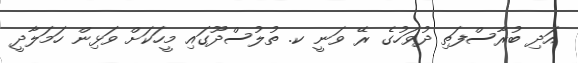
އަދި ބުރާސްފަތި ދުވަހުގެ ރޭ ވަނީ ކ. ތުލުސްދޫގައި މީހަކަށް ވަޅިން ހަމަލާދީ